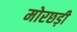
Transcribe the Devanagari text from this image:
मोरछड़ी